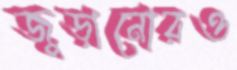
জুড়ানোরও